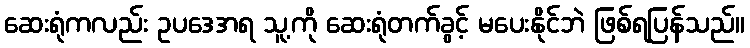
ဆေးရုံကလည်း ဥပဒေအရ သူ့ကို ဆေးရုံတက်ခွင့် မပေးနိုင်ဘဲ ဖြစ်ရပြန်သည်။